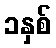
၁နှစ်